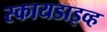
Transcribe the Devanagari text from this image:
स्कायडाइव्ह